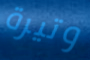
وتيرة